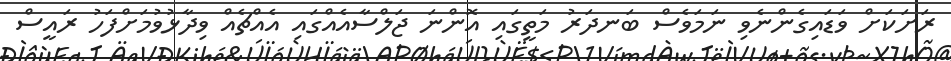
ރަށަކަށް ވަޑައިގެންނެވި ނަމަވެސް ބަނދަރު މަތީގައި އޮންނަ ޖަލްްސާއެއްގައި އެއްްޗެއް ވިދާޅުވުމަށްފަހު ރައީސް